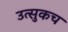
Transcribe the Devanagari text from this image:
उत्सुकच